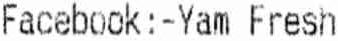
FACEBOOK : -YAM FRESH